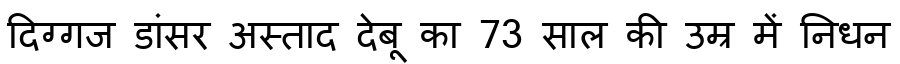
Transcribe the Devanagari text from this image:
दिग्गज डांसर अस्ताद देबू का 73 साल की उम्र में निधन